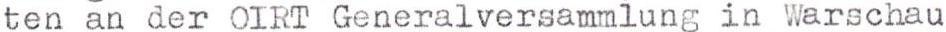
ten an der OIRT Generalversammlung in Warschau